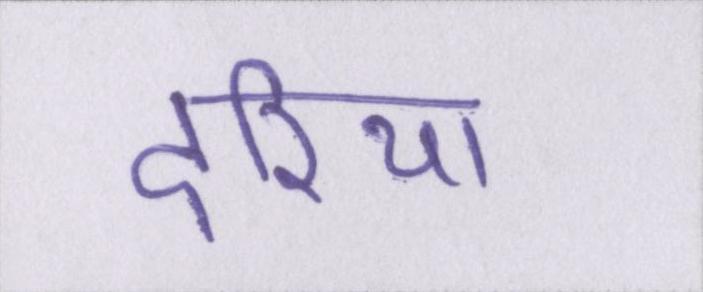
दरिया